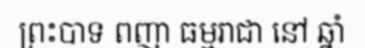
ព្រះបាទ ពញា ធម្មរាជា នៅ ឆ្នាំ